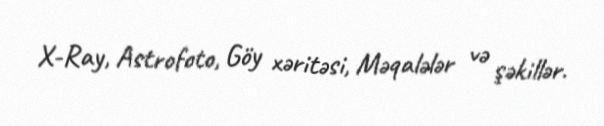
X-Ray, Astrofoto, Göy xəritəsi, Məqalələr və şəkillər.